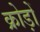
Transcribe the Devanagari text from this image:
क्रोड़ों